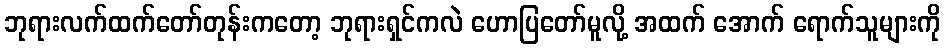
ဘုရားလက်ထက်တော်တုန်းကတော့ ဘုရားရှင်ကလဲ ဟောပြတော်မူလို့ အထက် အောက် ရောက်သူများကို